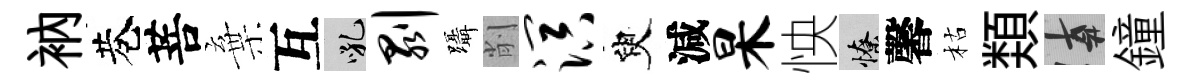
衲巷菩棄互吼剥躡削溟臾減杲怏憭馨枯𩔖遲鐘